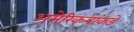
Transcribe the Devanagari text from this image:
अमेरिकनांकडे